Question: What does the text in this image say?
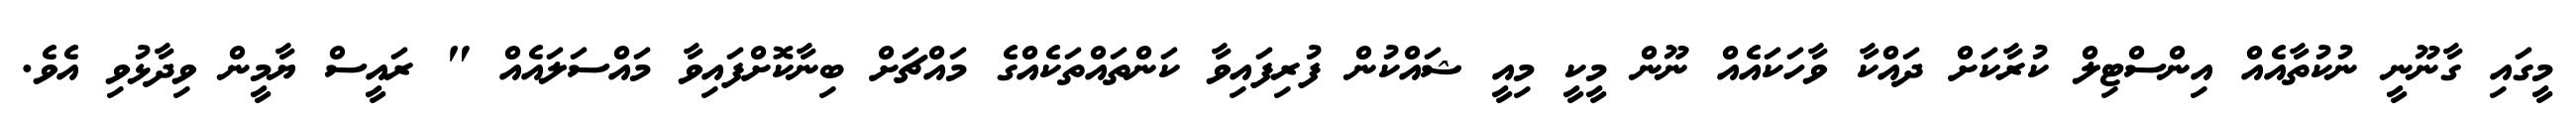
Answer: މީގައި ގާނޫނީ ނުކުތާއެއް އިންސްޓިލް ކުރާކަށް ދައްކާ ވާހަކައެއް ނޫން މީކީ މިއީ ޝައްކުން ފުރިފައިވާ ކަންތައްތަކެއްގެ މައްޗަށް ބިނާކޮށްފައިވާ މައްސަލައެއް " ރައީސް ޔާމީން ވިދާޅުވި އެވެ.